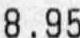
8.95